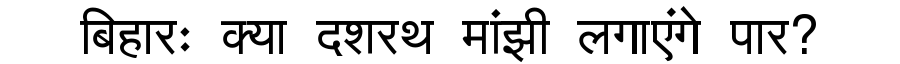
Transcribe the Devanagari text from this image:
बिहारः क्या दशरथ मांझी लगाएंगे पार?